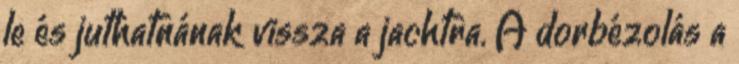
le és juthatnának vissza a jachtra. A dorbézolás a